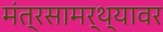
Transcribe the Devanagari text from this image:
मंत्रसामर्थ्यावर